Lunatic asylums in Bengal annual reports 1899-1911 - 1899-1911
Year: 1899
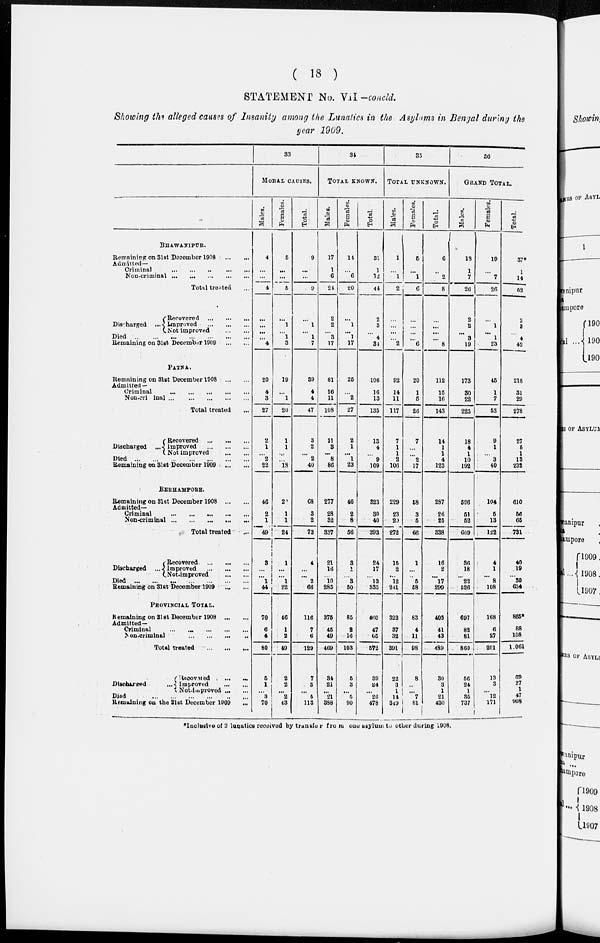
( 18 )
STATEMENT No. VII— concld.
Showing the alleged causes of Insanity among the Lunatics in the Asylums in Bengal during the
year 1909.
BHAWANIPUR.
Remaining on 31st December 1908
...
...
Admitted—
Criminal
...
...
...
...
...
Non-criminal
...
...
...
...
...
Total treated ...
Discharged ...
Recovered
...
...
...
Improved
...
...
...
Not improved
...
...
Died
...
...
...
...
...
...
...
Remaining on 31st December 1909
...
...
PATNA.
Remaining on 31st December 1908
...
...
Admitted —
Criminal
...
...
...
...
...
Non-criminal
...
...
...
...
...
Total treated ...
Discharged ...
Recovered
...
...
...
Improved
...
...
...
Not improved
...
...
Died
...
...
...
...
...
...
...
Remaining on 31st December 1909
...
...
BERHAMPORE.
Remaining on 31st December 1908
...
...
Admitted—
Criminal
...
...
...
...
...
Non-criminal
...
...
...
...
...
Total treated ...
Discharged ...
Recovered
...
...
...
Improved
...
...
...
Not-improved
...
...
Died
...
...
...
...
...
...
...
Remaining on 31st December 1909 ... ...
PROVINCIAL TOTAL.
Remaining on 31st December 1908
...
...
Admitted—
Criminal
...
...
...
...
...
Non-criminal ... ... ... ...
Total treated
...
...
...
Discharged ...
Recovered
...
...
Improved
...
...
Not-improved ... ...
Died ... ... ... ... ... ...
Remaining on the 31st December 1909 ...
33
MORAL CAUSES.
Males.
4
...
...
4
...
...
...
...
4
20
4
3
27
2
1
...
2
22
46
2
1
49
3
...
...
1
44
70
6
4
80
5
1
...
3
70
Females.
5
...
...
5
...
1
...
1
3
19
...
1
20
1
1
...
...
18
22
1
1
24
1
...
...
1
22
46
1
2
49
2
2
...
2
43
Total.
9
...
...
9
...
1
...
1
7
39
4
4
47
3
2
...
2
40
68
3
2
73
4
...
...
2
66
116
7
6
129
7
3
...
5
113
34
TOTAL KNOWN.
Males.
17
1
6
24
2
2
...
3
17
81
16
11
108
11
3
...
8
86
277
28
32
337
21
16
...
10
285
375
45
49
469
34
21
...
21
338
Females.
14
...
6
20
...
1
...
1
17
25
...
2
27
2
1
...
1
23
46
2
8
56
3
1
...
3
50
85
2
16
103
5
3
...
5
90
Total.
31
1
12
44
2
3
...
4
31
106
16
13
135
13
4
...
9
109
323
30
40
393
24
17
...
13
335
460
47
65
572
39
24
...
26
478
35
TOTAL UNKNOWN.
Males.
1
...
1
2
...
...
...
...
2
92
14
11
117
7
1
1
2
106
229
23
20
272
15
2
...
12
211
322
37
32
391
22
3
1
14
319
Females.
5
...
1
6
...
...
...
...
6
20
1
5
28
7
...
...
2
17
58
3
5
66
1
...
...
5
58
83
4
11
98
8
...
...
7
81
Total.
6
...
2
8
...
...
...
...
8
112
15
16
143
14
1
1
4
123
287
26
25
338
16
2
...
17
299
405
41
43
489
30
3
1
21
430
36
GRAND TOTAL.
Males.
13
1
7
26
2
2
...
3
19
173
30
22
223
18
4
1
10
192
506
51
52
609
36
18
...
22
526
697
82
81
860
56
24
1
35
737
Females.
19
...
7
26
...
1
...
1
23
45
1
7
53
9
1
...
3
40
104
5
13
122
4
1
...
8
108
168
6
27
201
13
3
...
12
171
Total.
37*
1
14
52
2
3
...
4
42
218
31
29
278
27
5
1
13
232
610
56
65
731
40
19
...
30
634
865*
88
108
1.061
69
27
1
47
908
*Inclusive of 2 lunatics received by transfer from
one asylum to other during 1908.